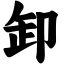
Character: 卸